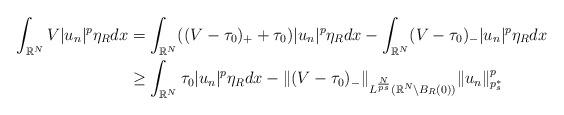
LaTeX: \begin{align*}\int_{\mathbb{R}^N}V|u_n|^p\eta_R dx&= \int_{\mathbb{R}^N}((V-\tau_0)_{+}+\tau_0)|u_n|^p\eta_R dx-\int_{\mathbb{R}^N}(V-\tau_0)_{-}|u_n|^p\eta_R dx \\&\geq \int_{\mathbb{R}^N}\tau_0|u_n|^p\eta_R dx-\|(V-\tau_0)_{-}\|_{L^{\frac{N}{ps}}(\mathbb{R}^N\setminus B_R(0))} \|u_n\|_{p_s^*}^{p}\end{align*}